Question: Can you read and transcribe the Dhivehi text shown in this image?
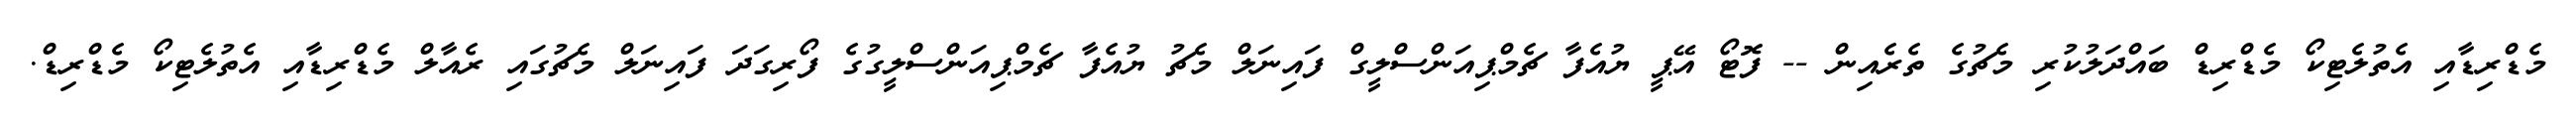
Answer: މެޑްރިޑާއި އެތުލެޓިކޯ މެޑްރިޑް ބައްދަލުކުރި މެޗުގެ ތެރެއިން -- ފޮޓޯ އޭޕީ ޔުއެފާ ޗެމްޕިއަންސްލީގް ފައިނަލް މެޗު ޔުއެފާ ޗެމްޕިއަންސްލީގުގެ ފޯރިގަދަ ފައިނަލް މެޗުގައި ރެއާލް މެޑްރިޑާއި އެތުލެޓިކޯ މެޑްރިޑް.